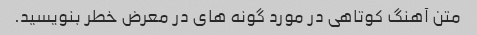
متن آهنگ کوتاهی در مورد گونه های در معرض خطر بنویسید.